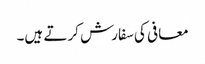
معافی کی سفارش کرتے ہیں۔